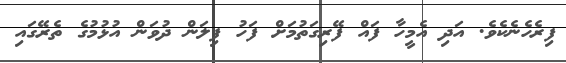
ފިރެހެނެކެވެ. އަދި އެމީހާ ފައް ފޭރިގަތުމަށް ފަހު ފިލަން ދުވަން އުޅުމުގެ ތެރޭގައި